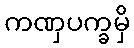
ကဏှပက္ခမှိ